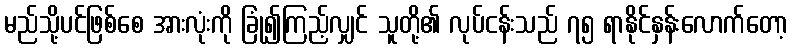
မည်သို့ပင်ဖြစ်စေ အားလုံးကို ခြုံ၍ကြည့်လျှင် သူတို့၏ လုပ်ငန်းသည် ၇၅ ရာနိုင်နှန်းလောက်တော့